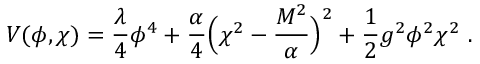
V ( \phi , \chi ) = { \frac { \lambda } { 4 } } \phi ^ { 4 } + { \frac { \alpha } { 4 } } \Bigl ( \chi ^ { 2 } - { \frac { M ^ { 2 } } { \alpha } } \Bigr ) ^ { 2 } + { \frac { 1 } { 2 } } g ^ { 2 } \phi ^ { 2 } \chi ^ { 2 } \ .